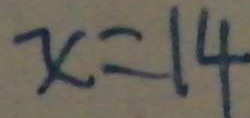
x = 1 4